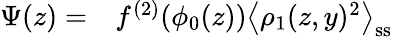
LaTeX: \begin{array}{rl}{\Psi(z)=}&{{}f^{(2)}(\phi_{0}(z))\left\langle\rho_{1}(z,y)^{2}\right\rangle_{\mathrm{ss}}}\end{array}